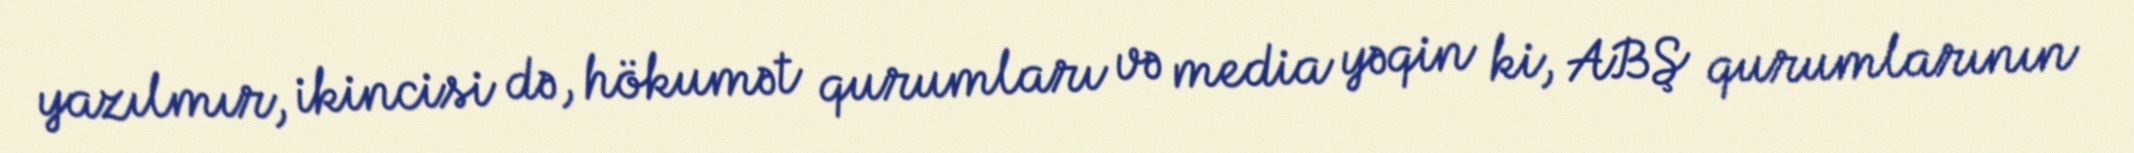
yazılmır, ikincisi də, hökumət qurumları və media yəqin ki, ABŞ qurumlarının